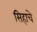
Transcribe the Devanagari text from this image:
सिहाचे